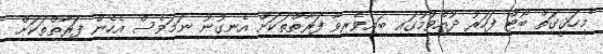
"މިހަޤީގަތް ބޯޓް ފަހަރު ދުއްވުމުގައި ބައިވެރިވާ ފަރާތްތަކަށް އެނގުނު ނަމަވެސް އެހެން ފަރާތްތަކަށް